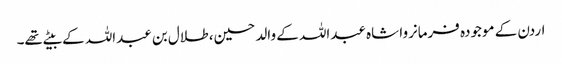
اردن کے موجودہ فرمانروا شاہ عبداللہ کے والد حسین، طلال بن عبداللہ کے بیٹے تھے۔